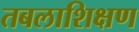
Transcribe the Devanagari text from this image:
तबलाशिक्षण